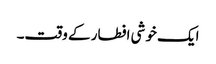
ایک خوشی افطار کے وقت۔